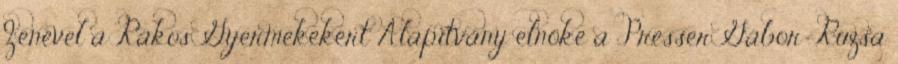
Zenével a Rákos Gyermekekért Alapítvány elnöke a Presser Gábor-Ruzsa